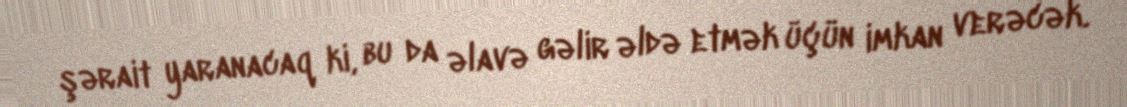
şərait yaranacaq ki, bu da əlavə gəlir əldə etmək üçün imkan verəcək.